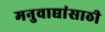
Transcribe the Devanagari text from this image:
मनुवाद्यांसाठी